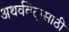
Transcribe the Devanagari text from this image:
अथर्ववेदासाठी